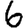
Digit: 6